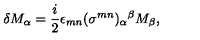
\delta M _ { \alpha } = \frac { i } { 2 } \epsilon _ { m n } ( \sigma ^ { m n } ) _ { \alpha } { } ^ { \beta } M _ { \beta } ,